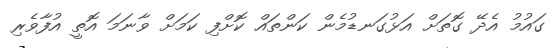
ގައުމު އެދޭ ގޮތަށް އަޅުގަނޑުމެން ކަންތައް ކޮށްފި ކަމަށް ވާނަމަ އޮތީ އުފާވެރި